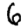
Digit: 6